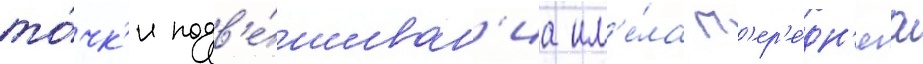
то́чк'и подв'е́шиван'иа им'е́ла п'ер'е́дн'яа